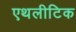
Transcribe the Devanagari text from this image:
एथलीटिक